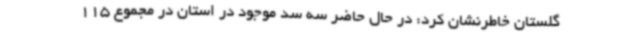
گلستان خاطرنشان کرد: در حال حاضر سه سد موجود در استان در مجموع 115